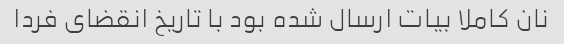
نان کاملا بیات ارسال شده بود با تاریخ انقضای فردا